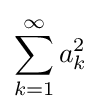
\sum _{k=1}^{\infty }a_{k}^{2}